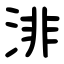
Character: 渄